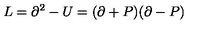
L = \partial ^ { 2 } - U = ( \partial + P ) ( \partial - P )